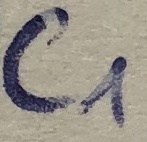
Text: C1